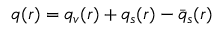
q ( r ) = q _ { v } ( r ) + q _ { s } ( r ) - \bar { q } _ { s } ( r )